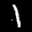
Label: 1